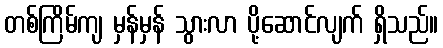
တစ်ကြိမ်ကျ မှန်မှန် သွားလာ ပို့ဆောင်လျက် ရှိသည်။